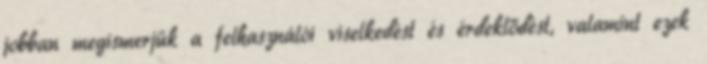
jobban megismerjük a felhasználói viselkedést és érdeklődést, valamint ezek